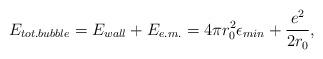
LaTeX: \begin{align*}E_{tot.bubble} = E_{wall} + E_{e.m.} = 4\pi r_0 ^2 \epsilon_{min}+ \frac{e^2}{2r_0},\end{align*}